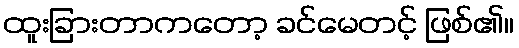
ထူးခြားတာကတော့ ခင်မေတင့် ဖြစ်၏။